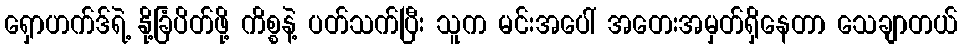
ရှောဟက်ဒ်ရဲ့ နို့ခြံပိတ်ဖို့ ကိစ္စနဲ့ ပတ်သက်ပြီး သူက မင်းအပေါ် အတေးအမှတ်ရှိနေတာ သေချာတယ်